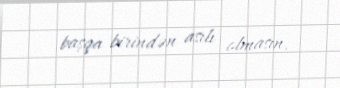
başqa birindən asılı olmasın.